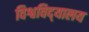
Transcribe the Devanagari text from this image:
विश्वविद्‌यालय